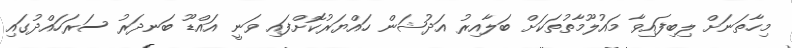
މިހާތަނަށް ލިބިފައިވާ މައުލޫމާތުތަކަށް ބަލާއިރު އަދުޝަން ހައްޔަރުކޮށްފައި ވަނީ އައްޑޫ ބަނދަރު ސަރަހައްދުގައި